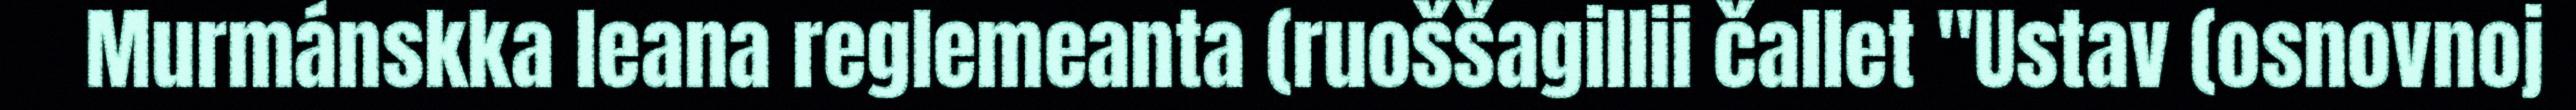
Murmánskka leana reglemeanta (ruoššagillii čallet "Ustav (osnovnoj